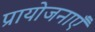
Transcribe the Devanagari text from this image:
प्रायोजनाएँ